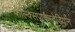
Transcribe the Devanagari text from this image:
फोल्क्सपार्कस्टेडियोन